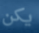
يكن